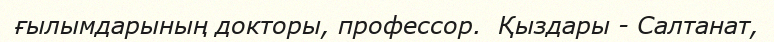
ғылымдарының докторы, профессор.  Қыздары - Салтанат,